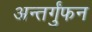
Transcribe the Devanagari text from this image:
अन्तर्गुंफन